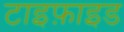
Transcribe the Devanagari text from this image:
टाइफ़ाइड